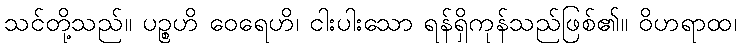
သင်တို့သည်။ ပဉ္စဟိ ဝေရေဟိ၊ ငါးပါးသော ရန်ရှိကုန်သည်ဖြစ်၏။ ဝိဟရာထ၊